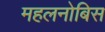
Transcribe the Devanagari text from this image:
महलनोबिस